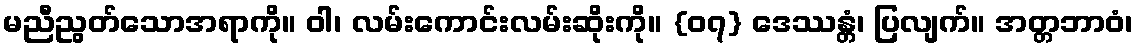
မညီညွတ်သောအရာကို။ ဝါ၊ လမ်းကောင်းလမ်းဆိုးကို။ {၀၇} ဒေဿန္တံ၊ ပြလျက်။ အတ္တဘာဝံ၊